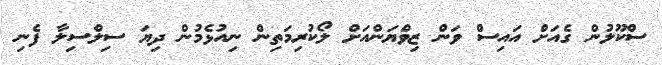
ސްކޫލުން ގެއަށް އައިސް ވަން ޒިވްޔަންއަށް ލޯކުރިމަތިން ނިއުޅެމުން ދިޔަ ސިލްސިލާ ފެނި